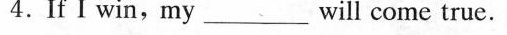
4.If I win,my _will come true.